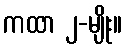
ကထာ ၂-မျိုး။